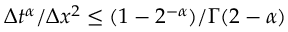
\Delta t ^ { \alpha } / \Delta x ^ { 2 } \leq ( 1 - 2 ^ { - \alpha } ) / \Gamma ( 2 - \alpha )